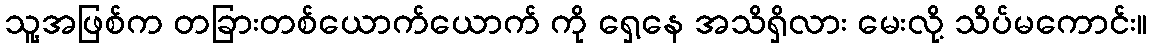
သူ့အဖြစ်က တခြားတစ်ယောက်ယောက် ကို ရှေ့နေ အသိရှိလား မေးလို့ သိပ်မကောင်း။